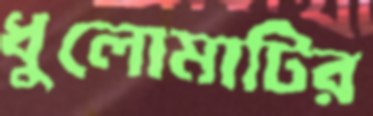
ধুলোমাটির